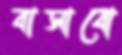
বাসাবো